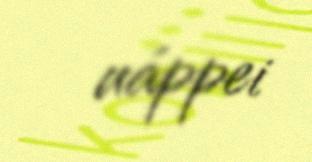
uáppei